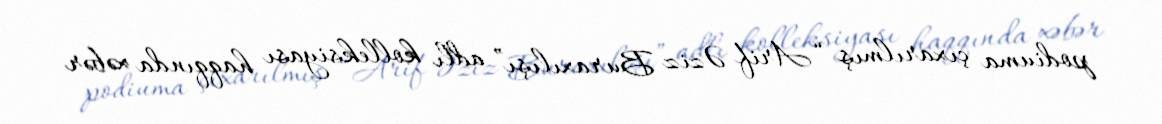
podiuma çıxarılmış “Arif Əziz Buraxılışı” adlı kolleksiyası haqqında xəbər